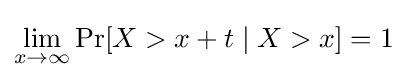
\lim _{x\to \infty }\Pr[X>x+t\mid X>x]=1